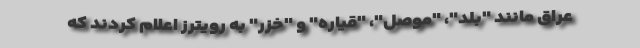
عراق مانند "بلد"، "موصل"، "قیاره" و "خزر" به رویترز اعلام کردند که